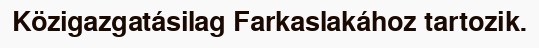
Közigazgatásilag Farkaslakához tartozik.